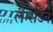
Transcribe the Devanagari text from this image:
लैम्सडेन